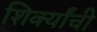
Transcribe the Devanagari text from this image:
शिर्क्यांची